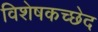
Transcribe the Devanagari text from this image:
विशेषकच्छेद